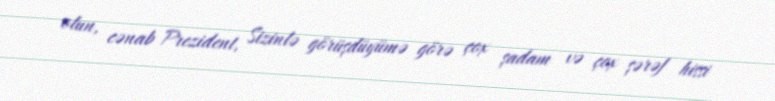
olun, cənab Prezident, Sizinlə görüşdüyümə görə çox şadam və çox şərəf hissi